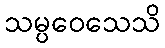
သမ္ပဝေသေသိ